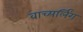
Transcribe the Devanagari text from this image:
वाच्यर्लिंग